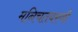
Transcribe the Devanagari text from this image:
मनिचतवरणी